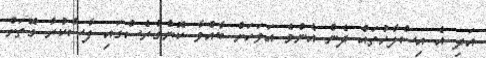
އަދި އެ އިސްލާހުތައް ދެން އެންމެ އަވަހަށް ބާއްވާ ކޮންގުރެސްގައި ފާސްކުރާ ގޮތަށް